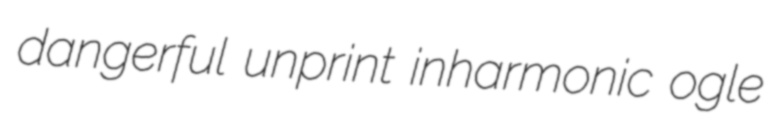
dangerful unprint inharmonic ogle